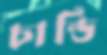
চান্ডি